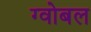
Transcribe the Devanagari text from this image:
ग्वोबल